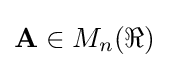
\mathbf {A} \in M_{n}(\Re )